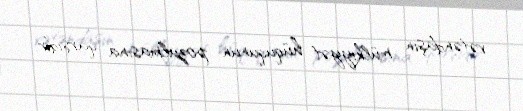
vətəndaşın mülkiyyət hüququnun pozulmasına qarşıdır.